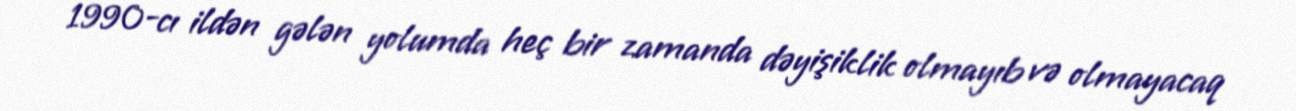
1990-cı ildən gələn yolumda heç bir zamanda dəyişiklik olmayıb və olmayacaq